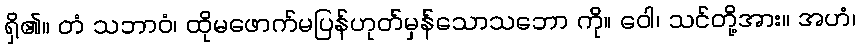
ရှိ၏။ တံ သဘာဝံ၊ ထိုမဖောက်မပြန်ဟုတ်မှန်သောသဘော ကို။ ဝေါ၊ သင်တို့အား။ အဟံ၊